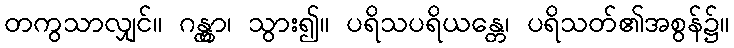
တကွသာလျှင်။ ဂန္တွာ၊ သွား၍။ ပရိသပရိယန္တေ၊ ပရိသတ်၏အစွန်၌။